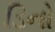
ડિનો